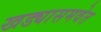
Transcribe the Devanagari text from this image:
खड्यासमवेत